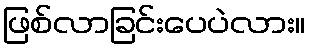
ဖြစ်လာခြင်းပေပဲလား။